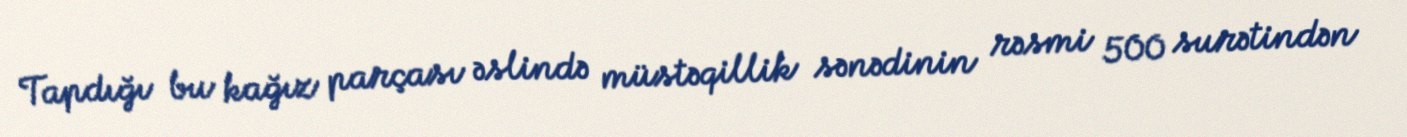
Tapdığı bu kağız parçası əslində müstəqillik sənədinin rəsmi 500 surətindən